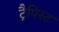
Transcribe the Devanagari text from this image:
ट्रैपिस्ट